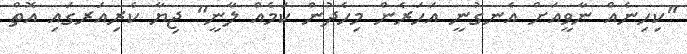
"ކިހިނެއް ނާވީއަށް އެނގުނީ އަހަރެން މިހެދުން ކަމެއް ލާނީ" ޖިޔާ ކެރިއަރގައި އޮތް